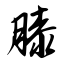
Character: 膝